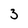
Character: 3